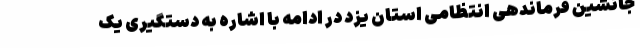
جانشین فرماندهی انتظامی استان یزد در ادامه با اشاره به دستگیری یک